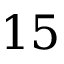
1 5